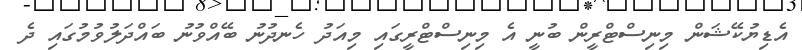
އެޑިޔުކޭޝަން މިނިސްޓްރީން ބުނީ އެ މިނިސްޓްރީގައި މިއަދު ހެނދުނު ބޭއްވުނު ބައްދަލުވުމުގައި ދެ